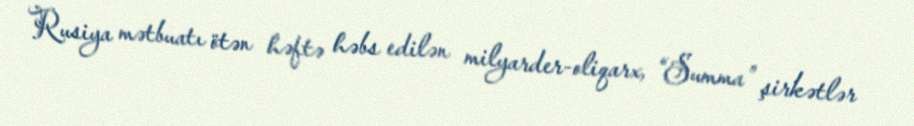
Rusiya mətbuatı ötən həftə həbs edilən milyarder-oliqarx, “Summa” şirkətlər